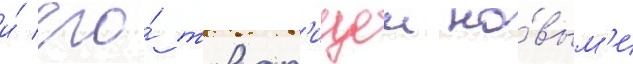
и́ его́ товар'ищеи но́вым'и